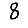
Digit: 8